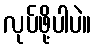
လုပ်ဖို့ပါပဲ။